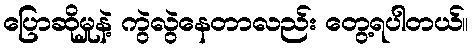
ပြောဆိုမှုနဲ့ ကွဲလွဲနေတာလည်း တွေ့ရပါတယ်။